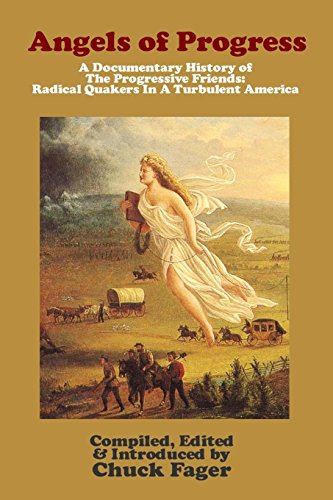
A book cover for Angels of Progress: A Documentary History of the  Progressive Friends 1822-1940; Chuck Fager; Christian Books & Bibles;